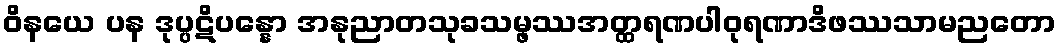
ဝိနယေ ပန ဒုပ္ပဋိပန္နော အနုညာတသုခသမ္ဖဿအတ္ထရဏပါဝုရဏာဒိဖဿသာမညတော